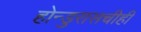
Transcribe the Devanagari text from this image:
होन्डुरासचीही